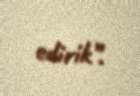
edirik”.